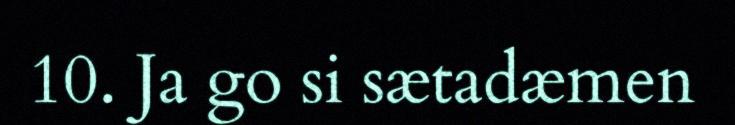
10. Ja go si sætadæmen